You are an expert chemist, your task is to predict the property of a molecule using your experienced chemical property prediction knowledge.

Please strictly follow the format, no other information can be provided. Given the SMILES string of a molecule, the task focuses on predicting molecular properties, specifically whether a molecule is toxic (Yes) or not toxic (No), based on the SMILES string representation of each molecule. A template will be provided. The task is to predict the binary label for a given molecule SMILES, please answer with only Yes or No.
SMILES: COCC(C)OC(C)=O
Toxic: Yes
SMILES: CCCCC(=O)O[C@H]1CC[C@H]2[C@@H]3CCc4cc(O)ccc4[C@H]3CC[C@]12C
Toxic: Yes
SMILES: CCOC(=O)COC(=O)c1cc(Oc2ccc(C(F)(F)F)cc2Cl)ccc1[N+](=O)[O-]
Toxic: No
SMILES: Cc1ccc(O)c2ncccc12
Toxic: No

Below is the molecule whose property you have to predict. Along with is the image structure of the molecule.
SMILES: COc1nc(N)nc2c1ncn2[C@@H]1O[C@H](CO)[C@@H](O)[C@@H]1O
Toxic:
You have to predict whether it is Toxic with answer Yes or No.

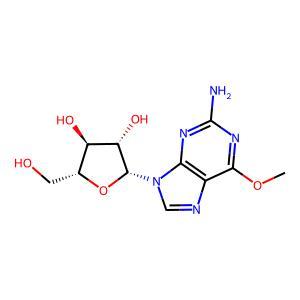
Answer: No